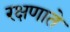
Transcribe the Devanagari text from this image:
रक्षणाते